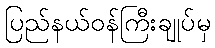
ပြည်နယ်ဝန်ကြီးချုပ်မှ